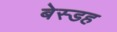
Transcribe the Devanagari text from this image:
बेस्डह